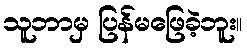
သူဘာမှ ပြန်မဖြေခဲ့ဘူး။